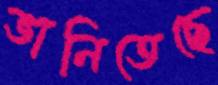
ভানিতেছে